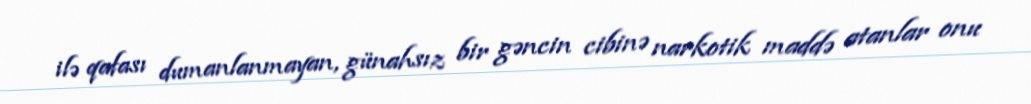
ilə qafası dumanlanmayan, günahsız bir gəncin cibinə narkotik maddə atanlar onu